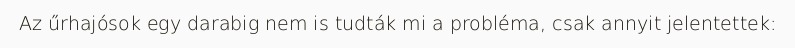
Az űrhajósok egy darabig nem is tudták mi a probléma, csak annyit jelentettek: